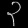
Digit: ၃